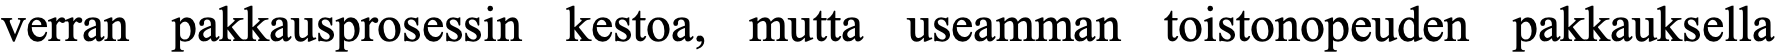
verran pakkausprosessin kestoa, mutta useamman toistonopeuden pakkauksella